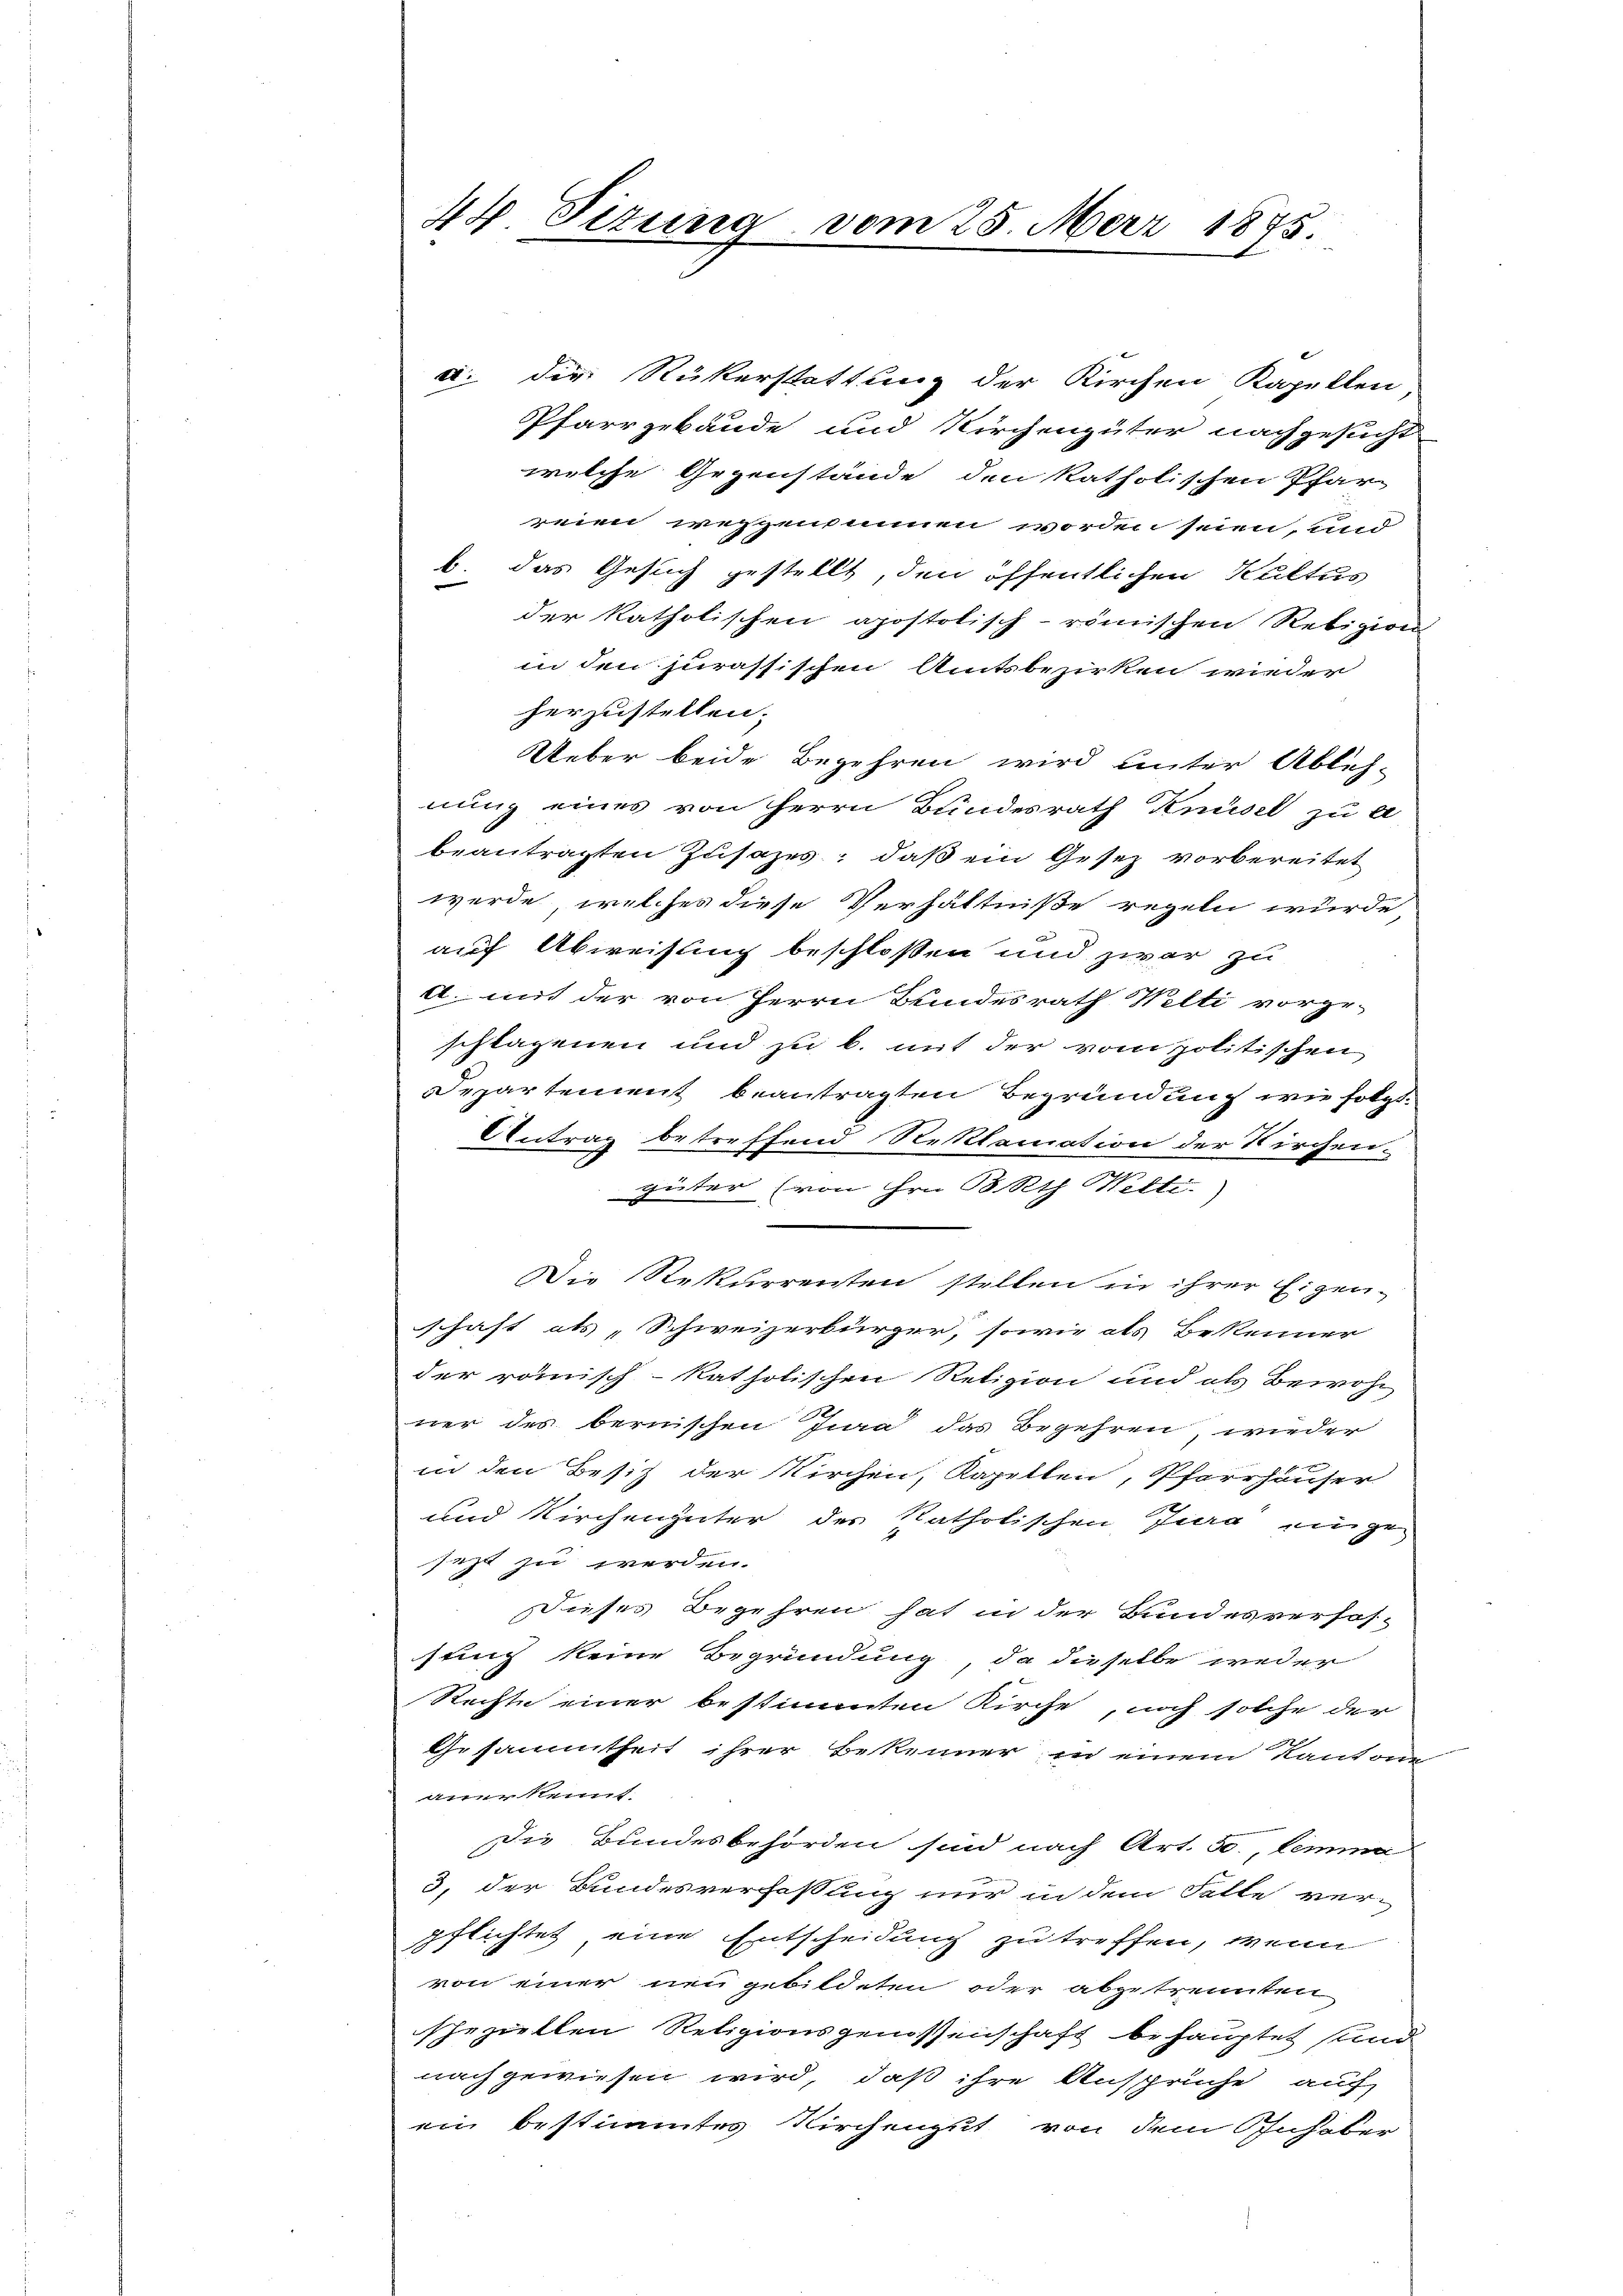
44. Sizung vom 25. Merz 1875.

e. die Rükerstattung der Kirchen Kapellen
Pfarrgebäude und Kirchengüter nachgesucht
welche Gegenstände den katholischen Pfarr
reien wegensinnen worden seien, und
b.
das Gesuch gestellt, den öffentlichen Kultus
e
der katholischen apostolisch-römischen Religion,
in den jurassischen Amtsbezirken wieder
herzustellen.
Ueber beide Begehren wird unter Ableh-
nung eines von Herrn Bundesrath Knüsel zu a
beantragten Zusazes; daß ein Gesez vorbereitet
werde, welches diese Verhältniße regeln würde,
6
auf Abweisung beschloßen und zwar zu
A. mit der von Herrn Bundesrath Welti vorge-
schlagenen und zu b. mit der vom politischen
Departement beantragten Begründung wie folgt.
Antrag betreffend Reklamation der Kirchen.
güter (von Hrn. 18 Rth. Wetti.
Die Rekurrenten stellen in ihrer Eigen-
schaft als „Schweizerbürger, sowie als Bekenner
der römisch-katholischen Retizion und als Bewohn
ner des bernischen Jena das Begehren, wieder
in den Besitz der Kirchen, Kapellen, Pfarrhäuser
und Kirchengüter der katholischen Jura einigen
jezt zu werden.
Dieses Begehren hat in der Bundesverhos-
sung keine Begründung, da dieselbe weder
Rechte einer bestimmten Kirche, noch solche der
Gesammtheit ihrer Bekenner, in einem Kanton
anerkennt
Die Bundesbehörden sind nach Art. 3., lemma
3, der Bundesverfassung nur in dem Falle ver-
pflichtet eine Entscheidung zu treffen, wenn
von einer neu gebildeten oder abgetrennten
sheziellen Religionsgenossenschaft behauptet sind
nach gewiesen wird, daß ihre Ansprüche auch
ein bestimmtes Kirchengut von dem Inhaber